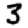
Digit: 3